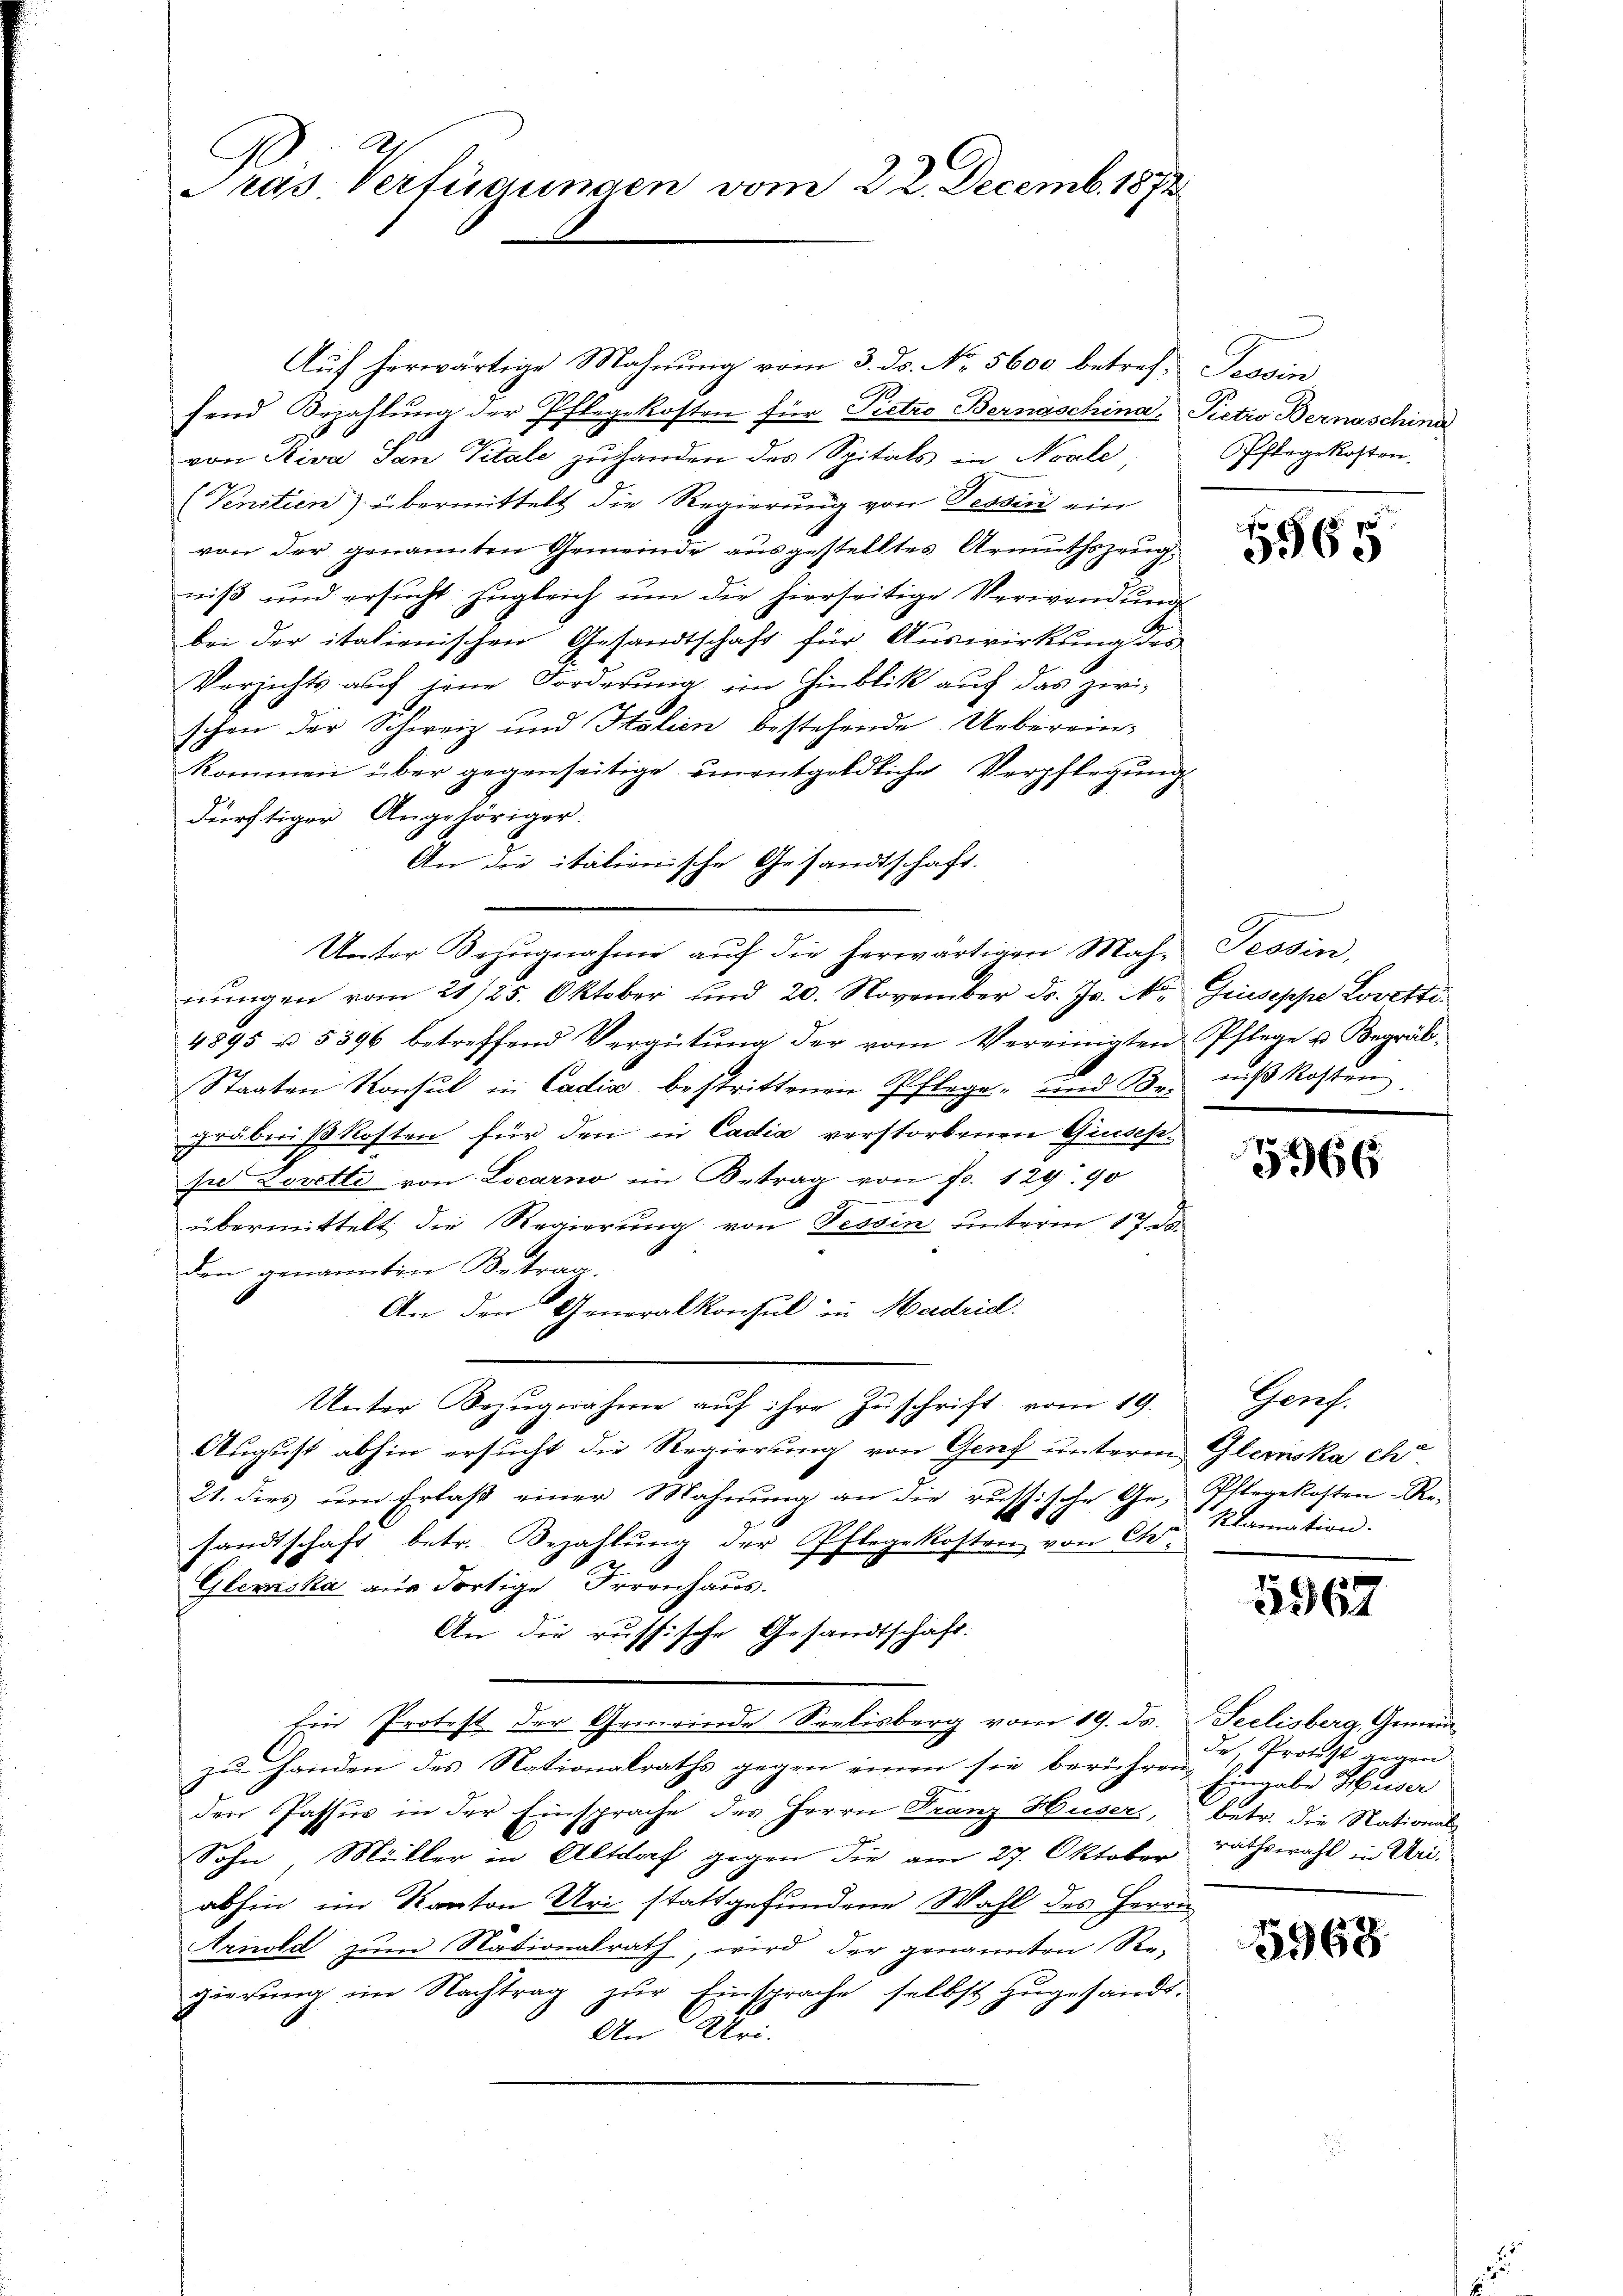
Pras. Verfügungen vom 22. Decemb. 1871

Auf herwärtige Mahnung vom 3. ds. No. 5600 betref- Tessin
fend Bezahlung der Pflegekosten für Pietro Bernaschina Pictio Bernaschina
von Riva San Vitale zu handen des Spitals in Noale,
(Ventien) übermittelt die Regierung von Tessin ein
von der genannten Gemeinde ausgestelltes Armuthszeugniß und ersucht zugleich um die hierseitige Verwendung
bei der italienischen Gesandtschaft für Auswirkung des
Verzichts auf jene Forderŭng im Hinblick auch das zwi-
schen der Schweiz und Italien bestehende Ueberein-
kommen über gegenseitige einentgeldliche Verpflegŭng
dürftiger Angehöriger.
An die italienische Gesandtschaft.
Unter Bezŭgnahme aŭf die herwärtigen Mah- Tessin,
nŭngen vom 21/25. Oktober und 20. November dr. Js. No Giuseppe Lovetti¬
4895 u. 5396 betreffend Vergütŭng der vom Vereinigten Pflege u. Begräb-
Stagten Konsul in Cadia, bestrittenen Pflege- und Br. niβ kosten
gräbnißkosten für den in Cadia verstorbenen Giusepfr Lorette von Locarno im Betrag von Fr. 129. 90
übermittelt die Regierung von Tessin unterm 17. ds
den genannten Betrag.
An den Generalkonsul in Hadrid.
Unter Bezugnahme auf ihre Zuschrift vom 19.
August abhin ersucht die Regierung von Genf unterm Gleinska cho
21. dies um Erlaß einer Mahnung an die russische Ge-
sandtschaft, betr. Bezahlung der Pflegekosten von Cho¬
Glewska aus dortige Irrenhaus.
An die russische Gesandtschaft.
Ein Protest der Gemeinde Seelisberg vom 19. ds.
zu Handen des Nationalraths gegen einen sie berühren, Eingabe Huser
den Passus in der Einsprache des Herrn Franz Huser,
Sohn, Müller in Altdorf gegen die am 27. Oktober
abhin im Kanton Uri stattgefundene Wahl des Herrn
Arild zum Nationalrath, wird der genannten Re-
gierung im Nachtrag zur Einsprache selbst zugesandt.
An Uri.

Pflegekosten.

5565

.

5966

Genf.
Pflegekosten Re-
klamation.

5967

Seelisberg, Gemeindr, Protest gegen
betr. die National
rathswahl in Uri.

1968